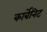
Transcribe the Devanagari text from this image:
कार्बेनिट